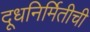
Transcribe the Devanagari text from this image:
दूधनिर्मितीची